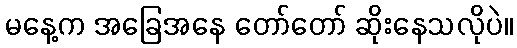
မနေ့က အခြေအနေ တော်တော် ဆိုးနေသလိုပဲ။